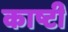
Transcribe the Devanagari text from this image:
काष्टी